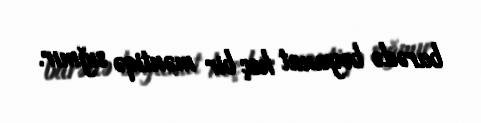
barədə bəyanat heç bir məntiqə sığmır.